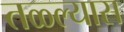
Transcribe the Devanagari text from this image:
तळ्ल्यास